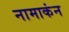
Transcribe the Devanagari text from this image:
नामाकंन